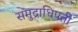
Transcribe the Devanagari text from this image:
समुद्राधिपती